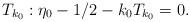
LaTeX: \begin{align*} T_{k_0}: \eta_0-1/2-k_0 T_{k_0}=0.\end{align*}